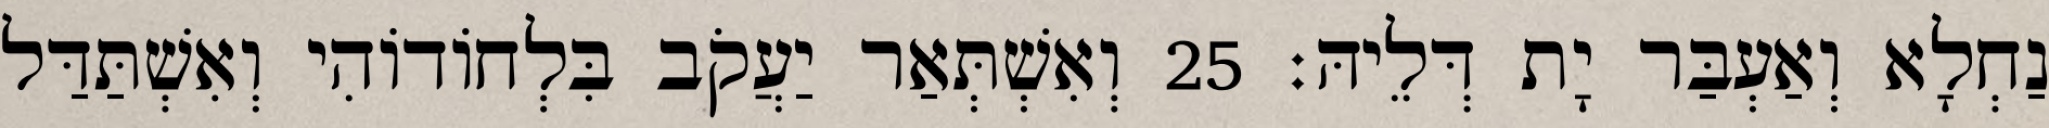
נַחְלָא וְאַעְבַּר יָת דְּלֵיהּ׃ 25 וְאִשְׁתְּאַר יַעֲקֹב בִּלְחוֹדוֹהִי וְאִשְׁתַּדַּל